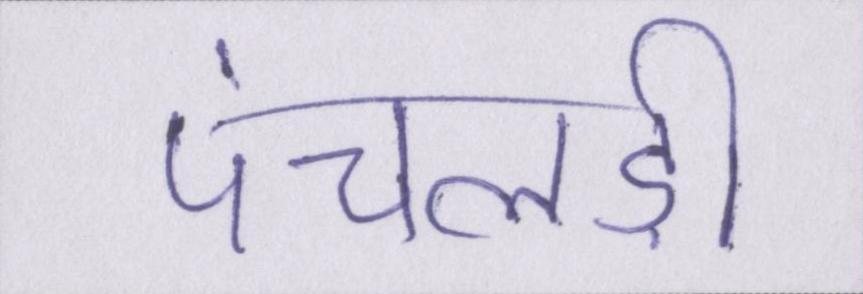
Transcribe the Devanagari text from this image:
पंचलड़ी